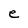
Character: e